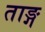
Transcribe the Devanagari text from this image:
ताङ्ग